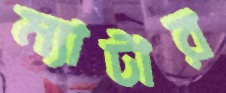
ম্যাটার